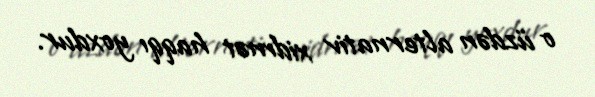
o üzdən alternativ xidmət haqqı yoxdur.